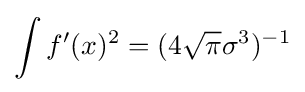
\int f'(x)^{2}=(4{\sqrt {\pi }}\sigma ^{3})^{-1}